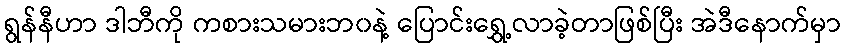
ရွန်နီဟာ ဒါဘီကို ကစားသမားဘ၀နဲ့ ပြောင်းရွှေ့လာခဲ့တာဖြစ်ပြီး အဲဒီနောက်မှာ